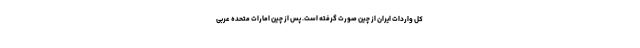
کل واردات ایران از چین صورت گرفته است. پس از چین امارات متحده عربی